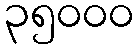
၃၅၀၀၀